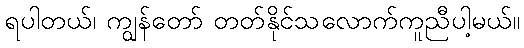
ရပါတယ်၊ ကျွန်တော် တတ်နိုင်သလောက်ကူညီပါ့မယ်။